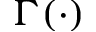
\Gamma ( \cdot )